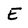
Character: E